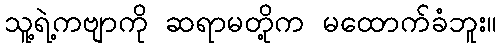
သူ့ရဲ့ကဗျာကို ဆရာမတို့က မထောက်ခံဘူး။